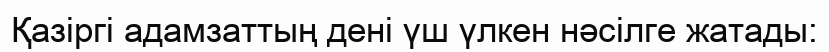
Қазіргі адамзаттың дені үш үлкен нәсілге жатады: